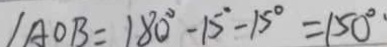
\angle A O B = 1 8 0 ^ { \circ } - 1 5 ^ { \circ } - 1 5 ^ { \circ } = 1 5 0 ^ { \circ }